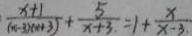
\frac { x + 1 } { ( x - 3 ) ( x + 3 ) } + \frac { 5 } { x + 3 } = 1 + \frac { x } { x - 3 }